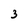
Character: 3